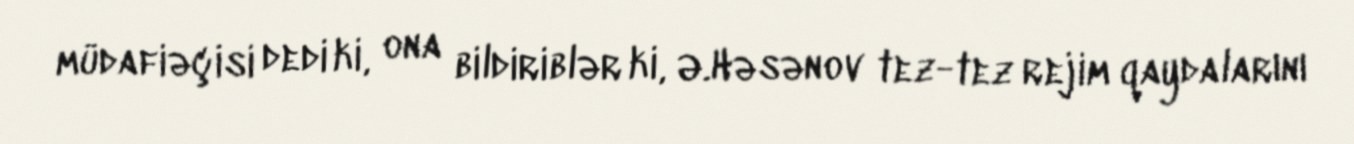
müdafiəçisi dedi ki, ona bildiriblər ki, Ə.Həsənov tez-tez rejim qaydalarını